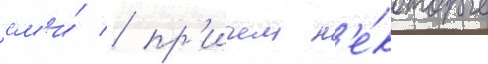
см'и́ / пр'ичем н'е́которые